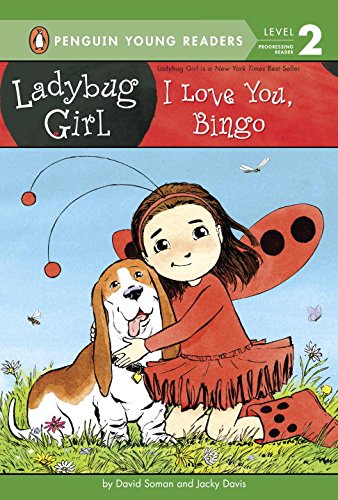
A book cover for I Love You, Bingo (Ladybug Girl); Jacky Davis; Children's Books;